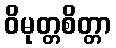
ဝိမုတ္တစိတ္တာ